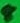
Text: 8